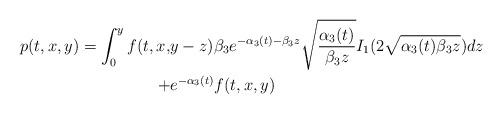
LaTeX: \begin{align*} p(t,x,y)=\int_{0}^{y}f(t,x,&y-z) \beta_3 e^{-\alpha_3(t)-\beta_3 z}\sqrt{\frac{\alpha_3(t)}{\beta_3 z}}I_1(2\sqrt{\alpha_3(t)\beta_3 z})dz \\ +& e^{-\alpha_3(t)}f(t,x,y)\end{align*}